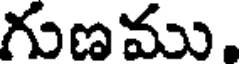
గుణము,